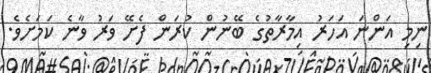
ނިމި އަންނަ އަހަރު އިމާރާތުގެ ބޭނުން ކުރަން ފެށޭ ވަރު ވާނެ ކަމަށެވެ.